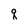
Character: q